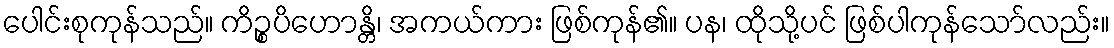
ပေါင်းစုကုန်သည်။ ကိဉ္စပိဟောန္တိ၊ အကယ်ကား ဖြစ်ကုန်၏။ ပန၊ ထိုသို့ပင် ဖြစ်ပါကုန်သော်လည်း။